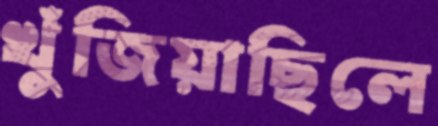
খুঁজিয়াছিলে